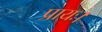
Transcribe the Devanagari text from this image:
प्रायः।